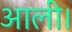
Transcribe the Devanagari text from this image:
आली।